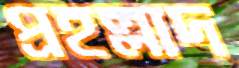
প্রহল্লাদ